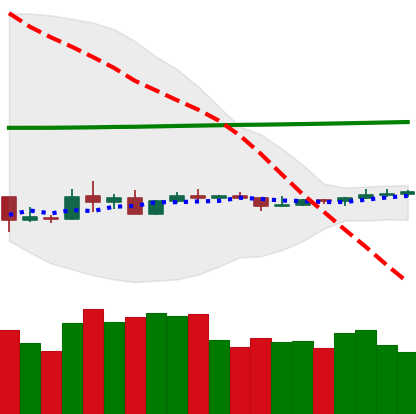
Ticker: ETC-USD
Chart end date: 2020-04-04
Forward return: 14.248%
Label: up_7plus